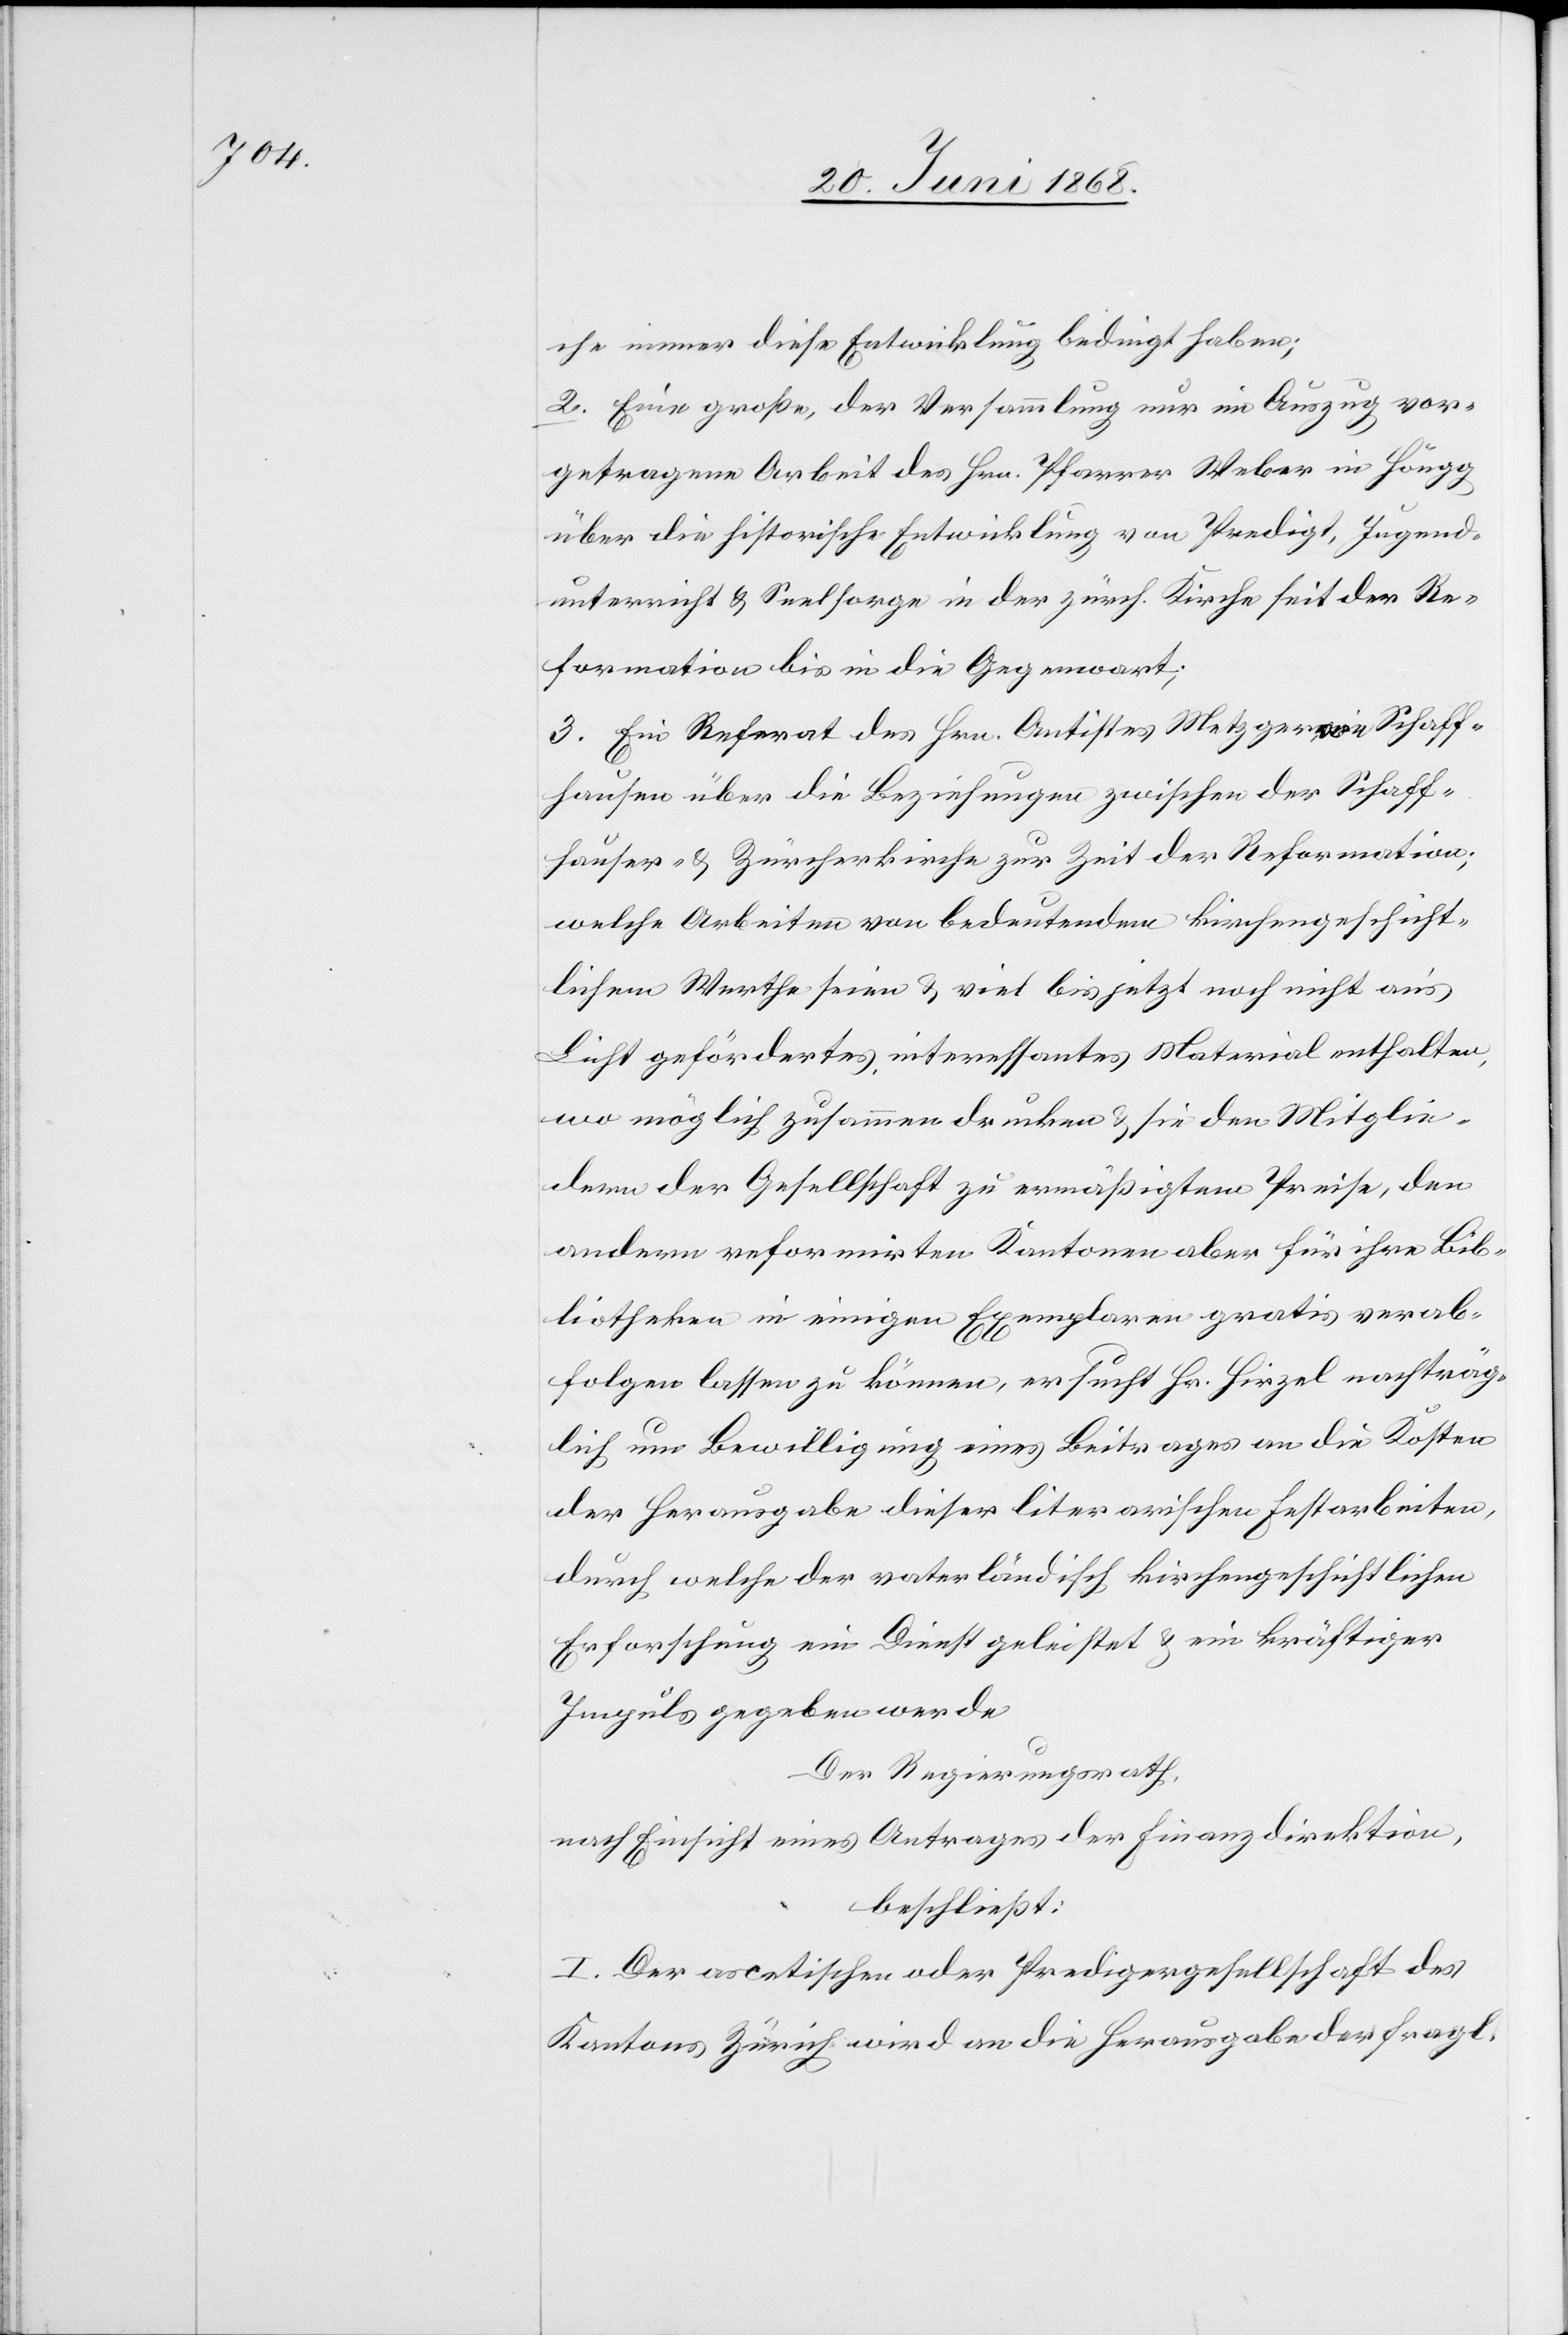
che immer diese Entwicklung bedingt haben;
2. Eine große, der Versammlung nur im Auszug vor¬
getragene Arbeit des Hrn. Pfarrer Weber in Höngg
über die historische Entwicklung von Predigt, Jugend¬
unterricht & Seelsorge in der zürch. Kirche seit der Re¬
formation bis in die Gegenwart;
3. Ein Referat des Hrn. Antistes Metzger, von Schaff¬
hausen über die Beziehungen zwischen der Schaff¬
hauser- & Zürcherkirche zur Zeit der Reformation;
welche Arbeiten von bedeutendem kirchengeschicht¬
lichen Werthe seien & viel bis jetzt noch nicht an’s
Licht gefördertes, interessantes Material enthalten,
wo möglich zusammen drucken & sie den Mitglie¬
dern der Gesellschaft zu ermäßigtem Preise, den
andern reformirten Kantonen aber für ihre Bib¬
liotheken in einigen Exemplaren gratis verab¬
folgen lassen zu können, ersucht Hr. Hirzel nachträg¬
lich um Bewilligung eines Beitrages an die Kosten
der Herausgabe dieser literarischen Festarbeiten,
durch welche der vaterländisch kirchengeschichtlichen
Erforschung ein Dienst geleistet & ein kräftiger
Impuls gegeben werde
Der Regierungsrath,
nach Einsicht eines Antrages der Finanzdirektion,
beschließt:
I. Der ascetischen oder Predigergesellschaft des
Kantons Zürich wird an die Herausgabe der fragl.